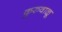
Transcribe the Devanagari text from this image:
कुरुवाळू